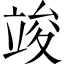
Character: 竣